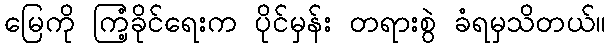
မြေကို ကြံ့ခိုင်ရေးက ပိုင်မှန်း တရားစွဲ ခံရမှသိတယ်။